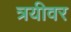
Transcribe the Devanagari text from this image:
त्रयीवर